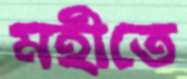
মহীতে